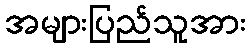
အများပြည်သူအား